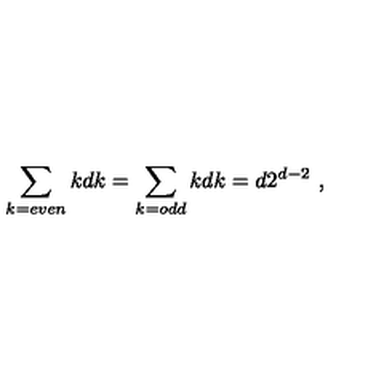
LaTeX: \sum _ { k = e v e n } k { \binom { d } { k } } = \sum _ { k = o d d } k { \binom { d } { k } } = d 2 ^ { d - 2 } \ ,